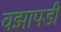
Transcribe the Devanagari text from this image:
वझापडी